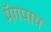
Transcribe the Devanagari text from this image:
मॅगपाय